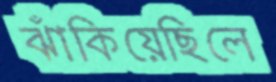
ঝাঁকিয়েছিলে